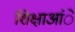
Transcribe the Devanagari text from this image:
शिक्षाआंे